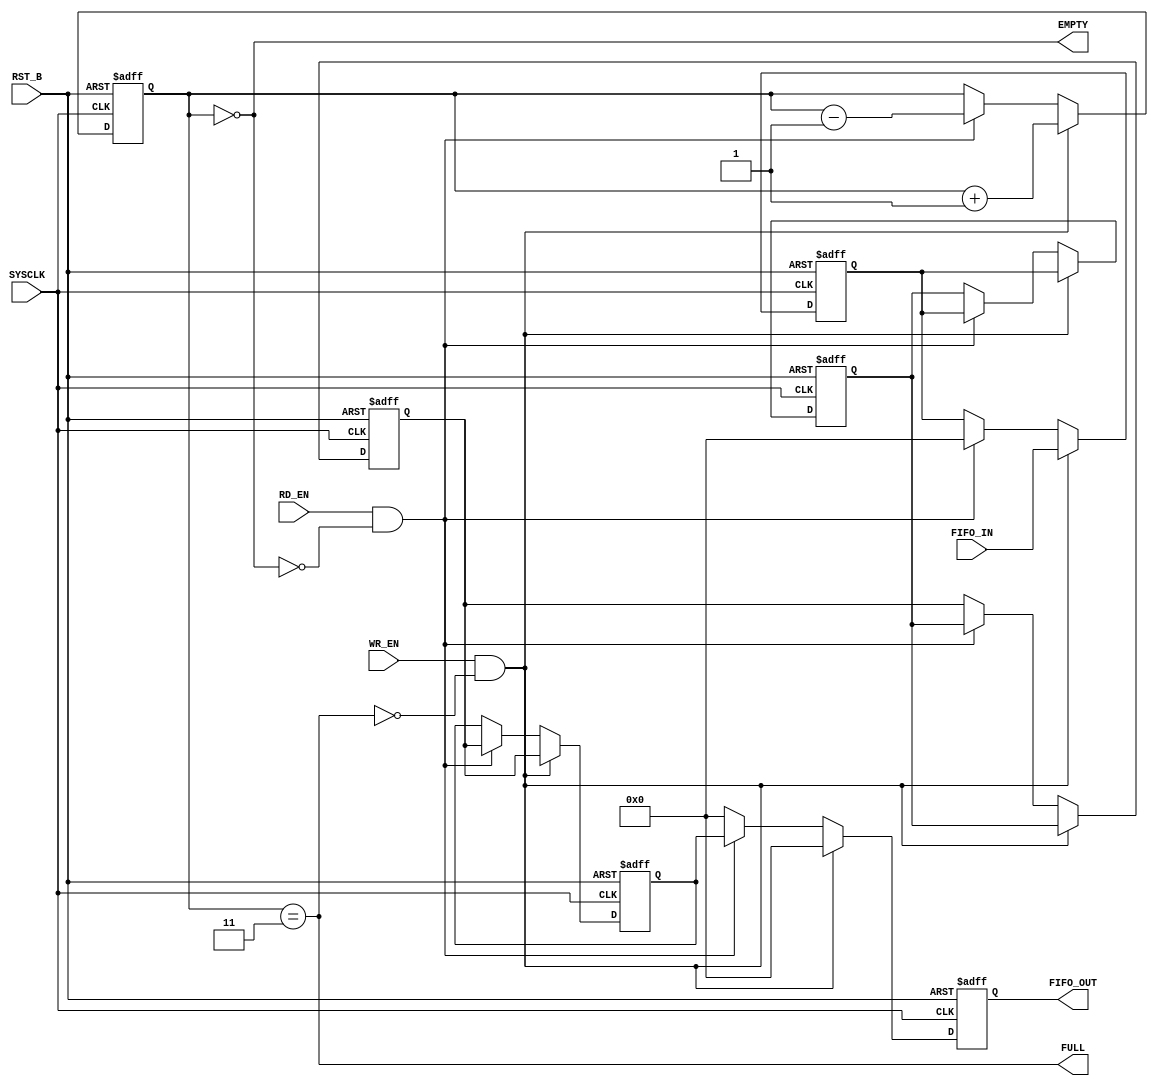
module eda_task_FIFO(
                    input SYSCLK,
                    input RST_B,
                    input WR_EN,
                    input RD_EN,
                    input [7:0] FIFO_IN,
                    output reg [7:0] FIFO_OUT,
                    output  EMPTY,
                    output  FULL
);
reg [7:0] stack [3:0];

reg [1:0] cnt;

always@(posedge SYSCLK or negedge RST_B)
begin

    if(~RST_B)
    begin
        stack[0] <= 8'd0;
        stack[1] <= 8'd0;
        stack[2] <= 8'd0;
        stack[3] <= 8'd0; 
        FIFO_OUT <= 8'd0; 
        cnt <= 2'd0;   
    end

    else
        if(WR_EN && ~FULL)
        begin
            stack[0] <= FIFO_IN;
            stack[1] <= stack[0];
            stack[2] <= stack[1];
            stack[3] <= stack[2];  
            FIFO_OUT <= 8'd0;
            cnt <= cnt+1;
        end

        else if(RD_EN && ~EMPTY)
        begin
            FIFO_OUT <= stack[3];
            stack[3] <= stack[2];
            stack[2] <= stack[1];
            stack[1] <= stack[0];
            stack[0] <= 8'd0;
            cnt <= cnt-1;
        end

        else
        begin
            FIFO_OUT <= 8'd0;
        end

end

assign EMPTY = (cnt == 2'd0);
assign FULL = (cnt == 2'd3);
endmodule